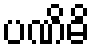
ပဏိဓိ